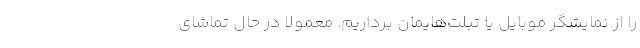
را از نمایشگر موبایل یا تبلت‌هایمان برداریم. معمولا در حال تماشای